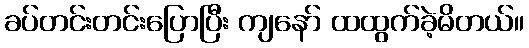
ခပ်တင်းတင်းပြောပြီး ကျနော် ထထွက်ခဲ့မိတယ်။